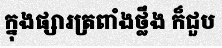
ក្នុងផ្សារត្រពាំងថ្លឹង ក៏ជួប